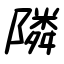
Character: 隣